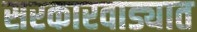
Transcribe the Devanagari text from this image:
सरकारवाड्यात